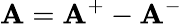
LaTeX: \mathbf{A}=\mathbf{A}^{+}-\mathbf{A}^{-}